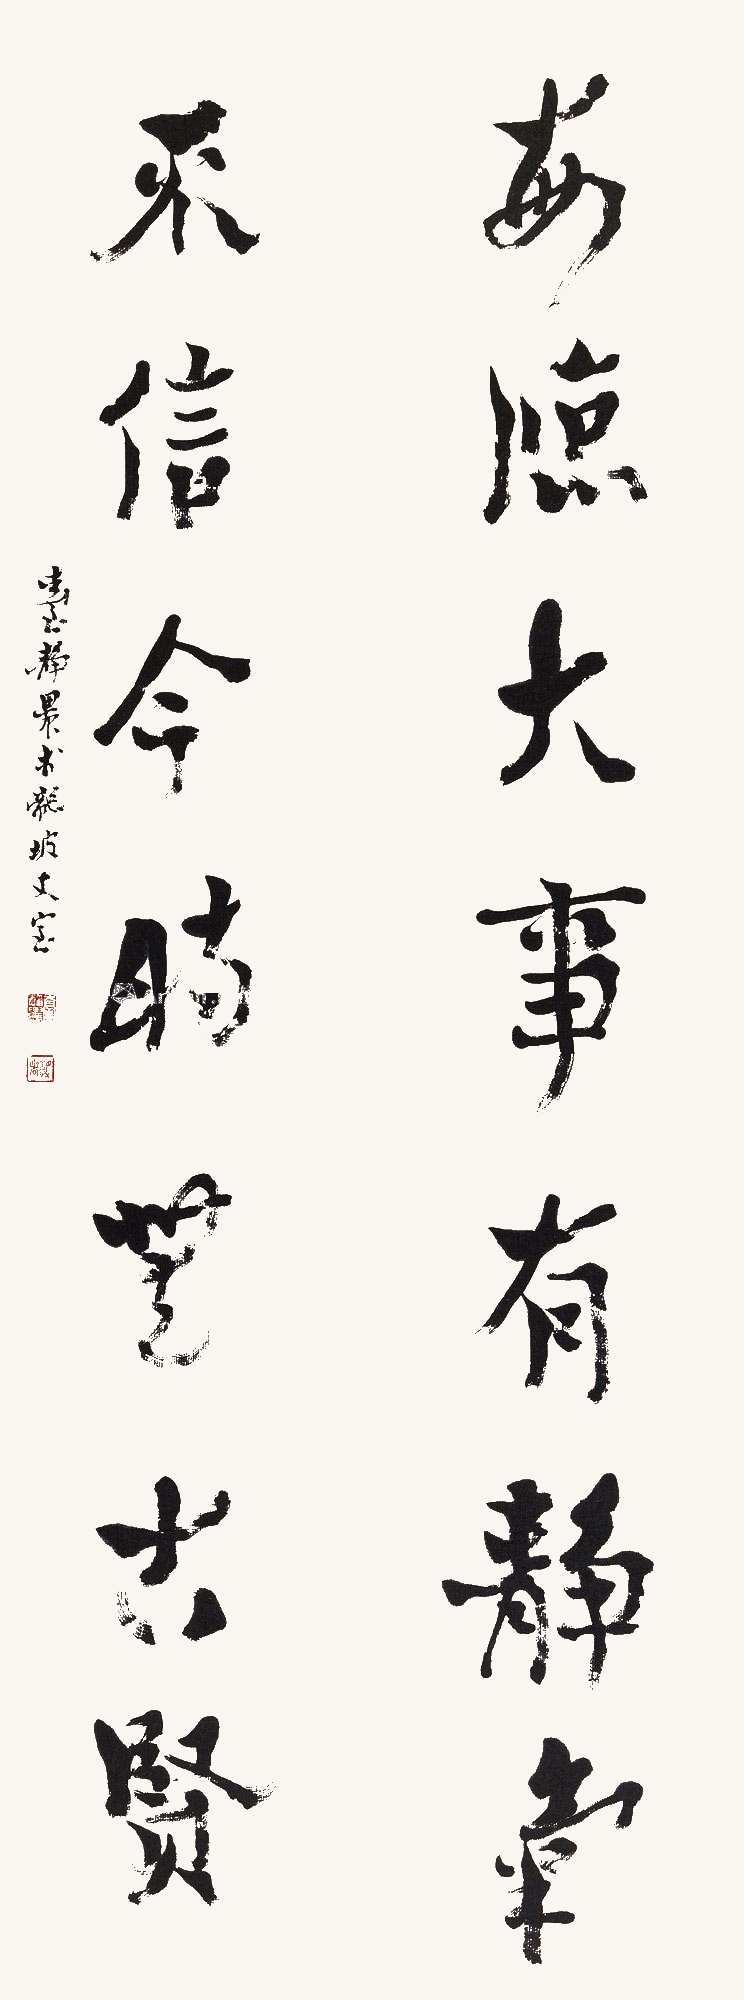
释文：每临大事有静气，不信今时无古贤。台静农于龙坡丈室。